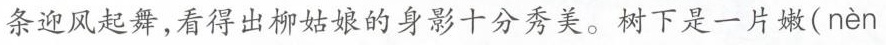
条迎风起舞，看得出柳姑娘的身影十分秀美。树下是一片嫩(nèn